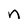
Character: n